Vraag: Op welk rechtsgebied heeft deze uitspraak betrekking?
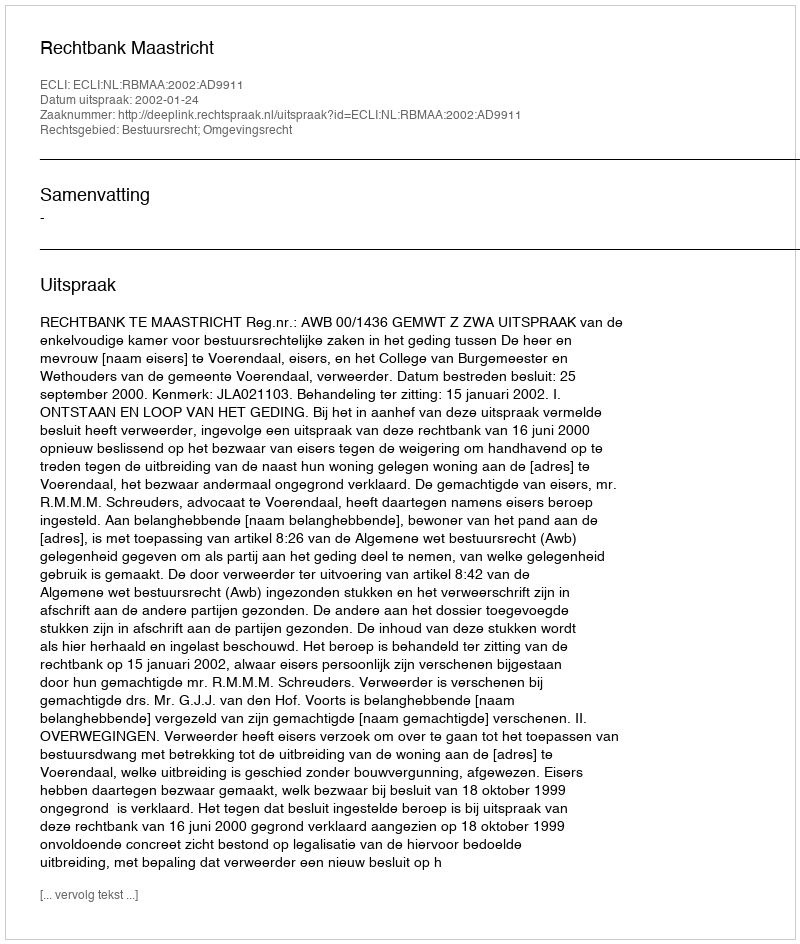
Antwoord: Bestuursrecht; Omgevingsrecht